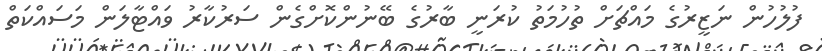
ފުލުހުން ނަޒީރުގެ މައްޗަށް ތުހުމަތު ކުރަނީ ބާރުގެ ބޭނުންކޮށްގެން ސަރުކާރު ވައްޓާލަން މަސައްކަތް